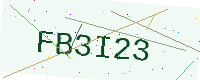
Text: FB3I23